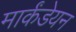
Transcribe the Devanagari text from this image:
मार्कंडेयन